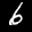
Label: 6